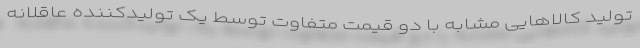
تولید کالاهایی مشابه با دو قیمت متفاوت توسط یک تولیدکننده عاقلانه